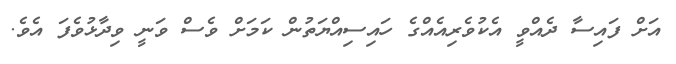
އަށް ފައިސާ ދެއްވީ އެކުވެރިއެއްގެ ހައިސިއްޔަތުން ކަމަށް ވެސް ވަނީ ވިދާޅުވެފަ އެވެ.